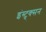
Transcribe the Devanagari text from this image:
इंस्ट्र्क्सन